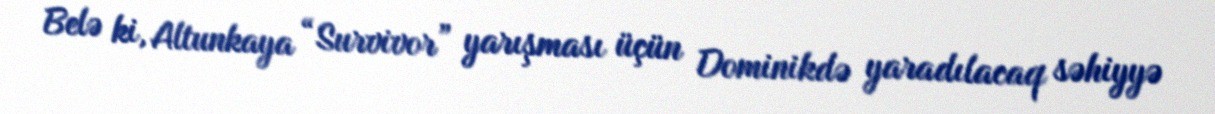
Belə ki, Altunkaya “Survivor” yarışması üçün Dominikdə yaradılacaq səhiyyə